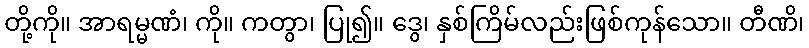
တို့ကို။ အာရမ္မဏံ၊ ကို။ ကတွာ၊ ပြု၍။ ဒွေ၊ နှစ်ကြိမ်လည်းဖြစ်ကုန်သော။ တီဏိ၊